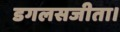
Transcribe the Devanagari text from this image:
डगलसजीता।